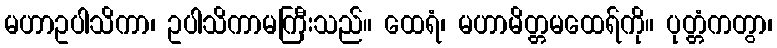
မဟာဥပါသိကာ၊ ဥပါသိကာမကြီးသည်။ ထေရံ၊ မဟာမိတ္တမထေရ်ကို။ ပုတ္တံကတွာ၊